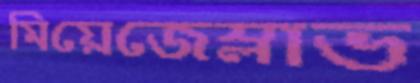
মিয়েজেস্লাভ